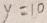
y = 1 0